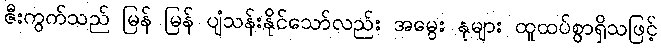
ဇီးကွက်သည် မြန် မြန် ပျံသန်းနိုင်သော်လည်း အမွေး နုများ ထူထပ်စွာရှိသဖြင့်